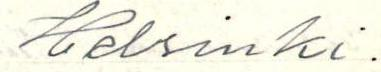
Helsinki.